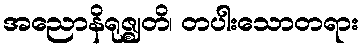
အညောနိရုဇ္ဈတိ၊ တပါးသောတရား